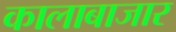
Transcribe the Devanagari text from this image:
कालाबाजार